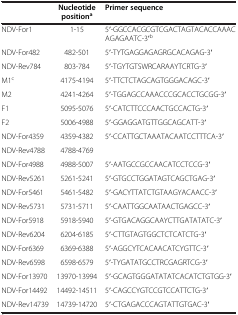
<table><thead><tr><td>[EMPTY_CELL]</td><td><b>Nucleotide position<sup>a</sup></b></td><td><b>Primer sequence</b></td></tr></thead><tbody><tr><td>NDV-For1</td><td>1-15</td><td>5′-GGCCACGCGTCGACTAGTACACCAAACAGAGAATC-3′<sup>b</sup></td></tr><tr><td>NDV-For482</td><td>482-501</td><td>5′-TYTGAGGAGAGRGCACAGAG-3′</td></tr><tr><td>NDV-Rev784</td><td>803-784</td><td>5′-TGYTGTSWRCARAAYTCRTG-3′</td></tr><tr><td>M1<sup>c</sup></td><td>4175-4194</td><td>5′-TTCTCTAGCAGTGGGACAGC-3′</td></tr><tr><td>M2</td><td>4241-4264</td><td>5′-TGGAGCCAAACCCGCACCTGCGG-3′</td></tr><tr><td>F1</td><td>5095-5076</td><td>5′-CATCTTCCCAACTGCCACTG-3′</td></tr><tr><td>F2</td><td>5006-4988</td><td>5′-GGAGGATGTTGGCAGCATT-3′</td></tr><tr><td>NDV-For4359</td><td>4359-4382</td><td>5′-CCATTGCTAAATACAATCCTTTCA-3′</td></tr><tr><td>NDV-Rev4788</td><td>4788-4769</td><td>[EMPTY_CELL]</td></tr><tr><td>NDV-For4988</td><td>4988-5007</td><td>5′-AATGCCGCCAACATCCTCCG-3′</td></tr><tr><td>NDV-Rev5261</td><td>5261-5241</td><td>5′-GTGCCTGGATAGTCAGCTGAG-3′</td></tr><tr><td>NDV-For5461</td><td>5461-5482</td><td>5′-GACYTTATCTGTAAGYACAACC-3′</td></tr><tr><td>NDV-Rev5731</td><td>5731-5711</td><td>5′-CAATTGGCAATAACTGAGCC-3′</td></tr><tr><td>NDV-For5918</td><td>5918-5940</td><td>5′-GTGACAGGCAAYCTTGATATATC-3′</td></tr><tr><td>NDV-Rev6204</td><td>6204-6185</td><td>5′-CTTGTAGTGGCTCTCATCTG-3′</td></tr><tr><td>NDV-For6369</td><td>6369-6388</td><td>5′-AGGCYTCACAACATCYGTTC-3′</td></tr><tr><td>NDV-Rev6598</td><td>6598-6579</td><td>5′-TYGATATGCCTRCGAGRTCG-3′</td></tr><tr><td>NDV-For13970</td><td>13970-13994</td><td>5′-GCAGTGGGATATATCACATCTGTGG-3′</td></tr><tr><td>NDV-For14492</td><td>14492-14511</td><td>5′-CAGCCYGTCCGTCCATTCTG-3′</td></tr><tr><td>NDV-Rev14739</td><td>14739-14720</td><td>5′-CTGAGACCCAGTATTGTGAC-3′</td></tr></tbody></table>